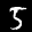
Label: 5